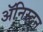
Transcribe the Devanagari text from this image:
ॲनिस्टन